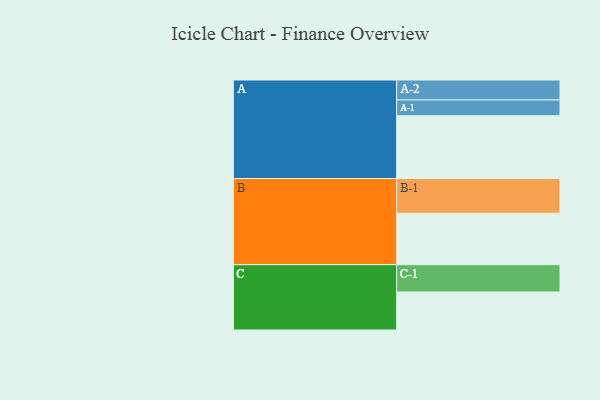
{"axis": {"x": "Segment", "y": "Value"}, "legend": ["", "A", "B", "C"], "data": [{"x": "A", "y": 539, "type": ""}, {"x": "B", "y": 442, "type": ""}, {"x": "C", "y": 326, "type": ""}, {"x": "A-1", "y": 135, "type": "A"}, {"x": "A-2", "y": 172, "type": "A"}, {"x": "B-1", "y": 298, "type": "B"}, {"x": "C-1", "y": 235, "type": "C"}]}